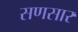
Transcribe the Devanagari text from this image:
सणसार